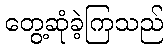
တွေ့ဆုံခဲ့ကြသည်